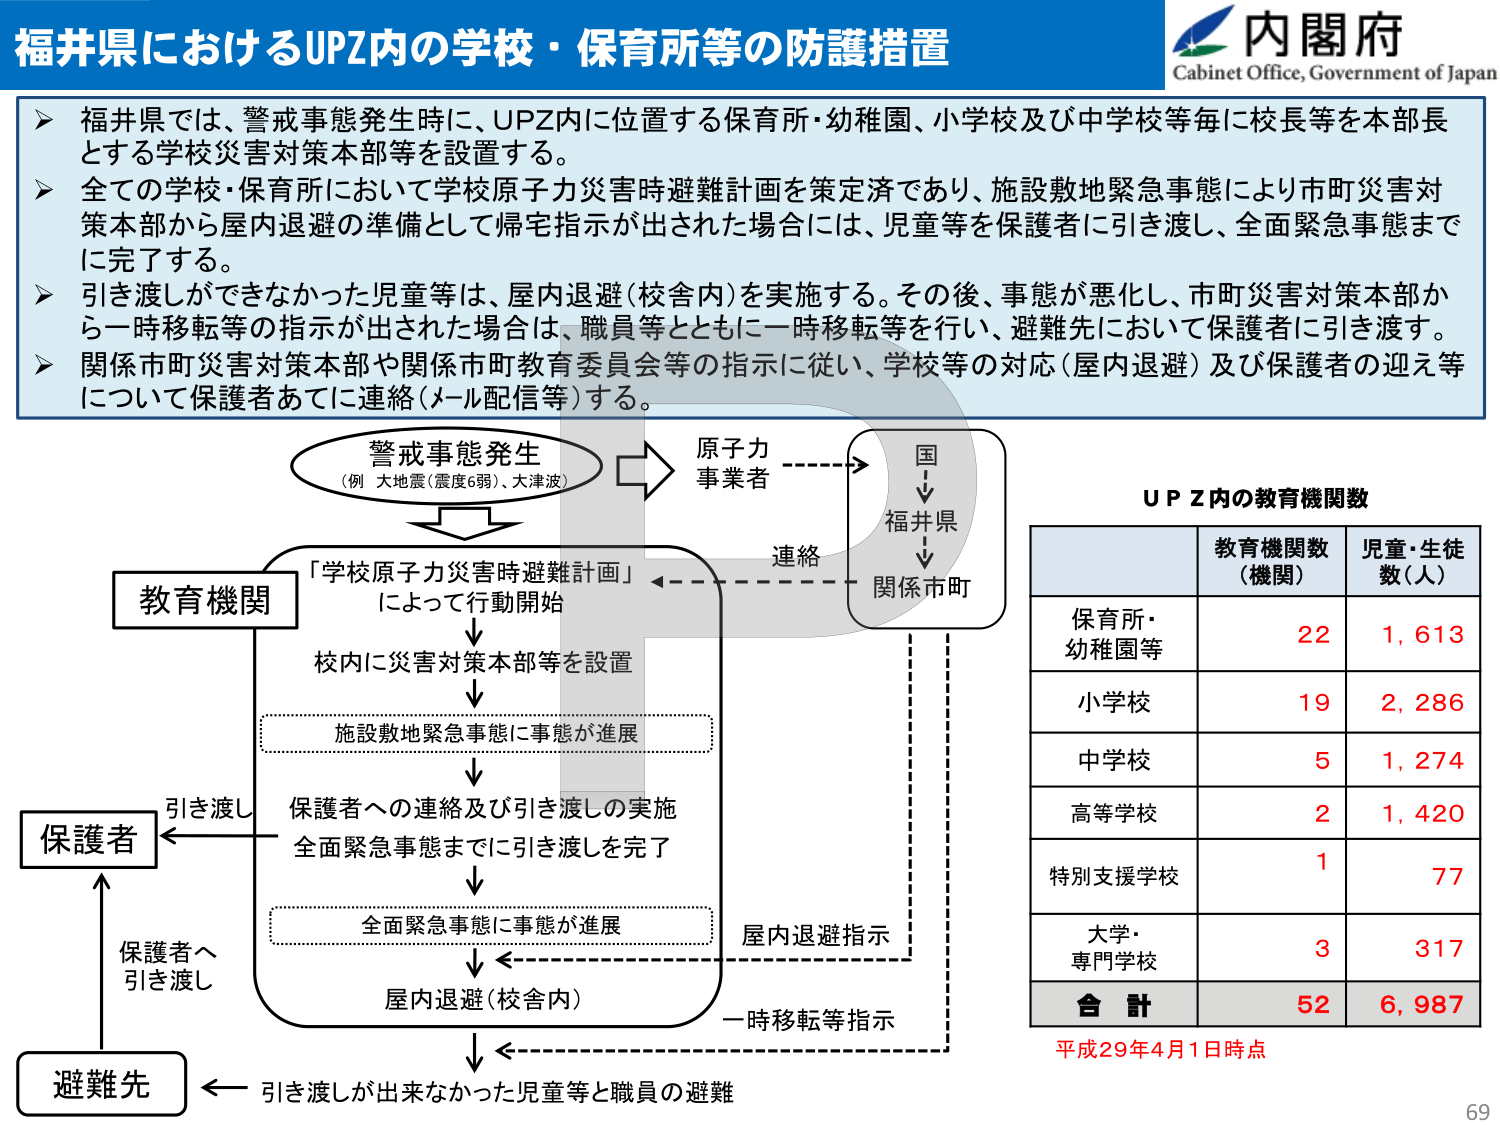
福井県におけるUPZ内の学校・保育所等の防護措置

内閣府
Cabinet Office, Government of Japan

▶ 福井県では、警戒事態発生時に、UPZ内に位置する保育所・幼稚園、小学校及び中学校等毎に校長等を本部長とする学校災害対策本部等を設置する。
▶ 全ての学校・保育所において学校原子力災害時避難計画を策定済であり、施設敷地緊急事態により市町災害対策本部から屋内退避の準備として帰宅指示が出された場合には、児童等を保護者に引き渡し、全面緊急事態までに完了する。
▶ 引き渡しができなかった児童等は、屋内退避（校舎内）を実施する。その後、事態が悪化し、市町災害対策本部から一時移転等の指示が出された場合は、職員等とともに一時移転等を行い、避難先において保護者に引き渡す。
▶ 関係市町災害対策本部や関係市町教育委員会等の指示に従い、学校等の対応（屋内退避）及び保護者の迎え等について保護者あてに連絡（メール配信等）する。

警戒事態発生
（例 大地震（震度6弱）、大津波）

原子力
事業者

国
↓
福井県
↓
関係市町

連絡

教育機関

「学校原子力災害時避難計画」
によって行動開始

校内に災害対策本部等を設置

施設敷地緊急事態に事態が進展

保護者への連絡及び引き渡しの実施
全面緊急事態までに引き渡しを完了

全面緊急事態に事態が進展

屋内退避（校舎内）

屋内退避指示

一時移転等指示

保護者

引き渡し

保護者へ
引き渡し

避難先

引き渡しが出来なかった児童等と職員の避難

ＵＰＺ内の教育機関数

教育機関数
（機関）　児童・生徒数（人）

保育所・
幼稚園等　22　1,613

小学校　19　2,286

中学校　5　1,274

高等学校　2　1,420

特別支援学校　1　77

大学・
専門学校　3　317

合計　52　6,987

平成29年4月1日時点

69